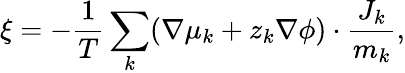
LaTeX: \xi=-\frac{1}{T}\sum_{k}(\nabla\mu_{k}+z_{k}\nabla\phi)\cdot\frac{J_{k}}{m_{k}},